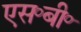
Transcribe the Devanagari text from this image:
एस॰बी॰